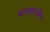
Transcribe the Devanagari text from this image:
मानसशास्त्रिय